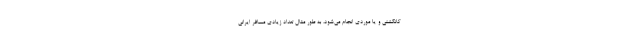
کانکشنی و یا موردی انجام می‌شود، به طور مثال تعداد زیادی مسافر ایرانی